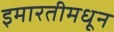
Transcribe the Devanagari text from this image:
इमारतीमधून